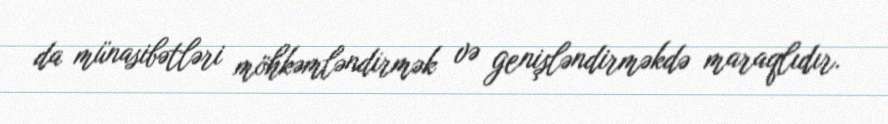
da münasibətləri möhkəmləndirmək və genişləndirməkdə maraqlıdır.